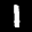
Label: 1